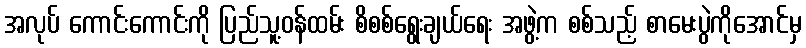
အလုပ် ကောင်းကောင်းကို ပြည်သူ့ဝန်ထမ်း စိစစ်ရွေးချယ်ရေး အဖွဲ့က စစ်သည့် စာမေးပွဲကိုအောင်မှ